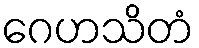
ဂေဟသိတံ